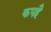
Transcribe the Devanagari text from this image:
कपहै